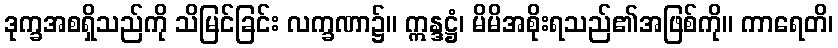
ဒုက္ခအစရှိသည်ကို သိမြင်ခြင်း လက္ခဏာ၌။ ဣန္ဒဋ္ဌံ၊ မိမိအစိုးရသည်၏အဖြစ်ကို။ ကာရေတိ၊